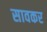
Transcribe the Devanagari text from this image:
सावकर